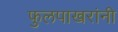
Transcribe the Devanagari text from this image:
फुलपाखरांनी